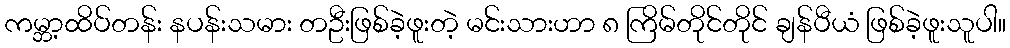
ကမ္ဘာ့ထိပ်တန်း နပန်းသမား တဦးဖြစ်ခဲ့ဖူးတဲ့ မင်းသားဟာ ၈ ကြိမ်တိုင်တိုင် ချန်ပီယံ ဖြစ်ခဲ့ဖူးသူပါ။